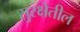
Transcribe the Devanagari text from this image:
सुरक्षेतील